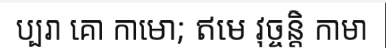
ប្បរា គោ កាមោ; ឥមេ វុច្ចន្តិ កាមា